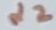
Text: d2